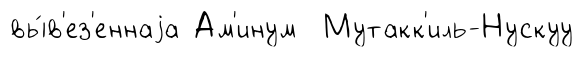
вы́в'ез'еннаjа Ам'инум Мутакк'иль-Нускуу